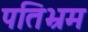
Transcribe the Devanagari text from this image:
पतिभ्रम